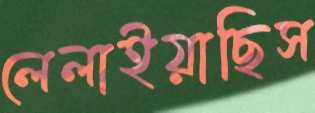
লেলাইয়াছিস